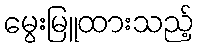
မွေးမြူထားသည့်